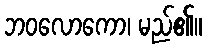
ဘဝလောကော၊ မည်၏။